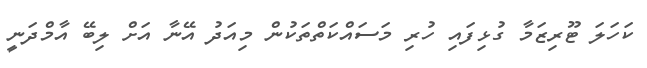
ކަހަލަ ޓޫރިޒަމާ ގުޅިފައި ހުރި މަސައްކަތްތަކުން މިއަދު އޭނާ އަށް ލިބޭ އާމްދަނީ